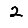
Digit: 2